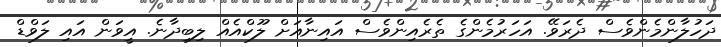
ދަހުލާންމެންވެސް ދެރަވޭ. އަހަރުމެންގެ ތެރެއިންވެސް އައިނާއަށް ލޫކްއެއް ލިބިދާނެ. އީވަން އައި ލަވްޑް